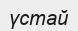
үстай